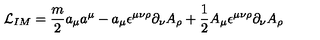
{ \cal L } _ { I M } = { \frac { m } { 2 } } a _ { \mu } a ^ { \mu } - a _ { \mu } \epsilon ^ { \mu \nu \rho } \partial _ { \nu } A _ { \rho } + { \frac { 1 } { 2 } } A _ { \mu } \epsilon ^ { \mu \nu \rho } \partial _ { \nu } A _ { \rho }